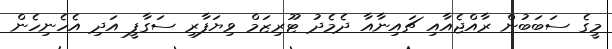
މީގެ ސަބަބުން ރާއްޖެއާއި ޗައިނާއާ ދެމެދު ޓޫރިޒަމް ވިޔަފާރި ސަގާފީ އަދި އެހެނިހެން